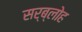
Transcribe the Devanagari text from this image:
सर्ब्लोह